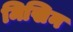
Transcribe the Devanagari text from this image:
मिखिन